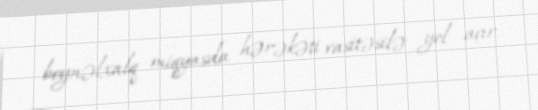
beynəlxalq miqyasda hərəkəti vasitəsilə yol açır.